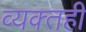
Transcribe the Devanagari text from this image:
व्‍यक्‍तही